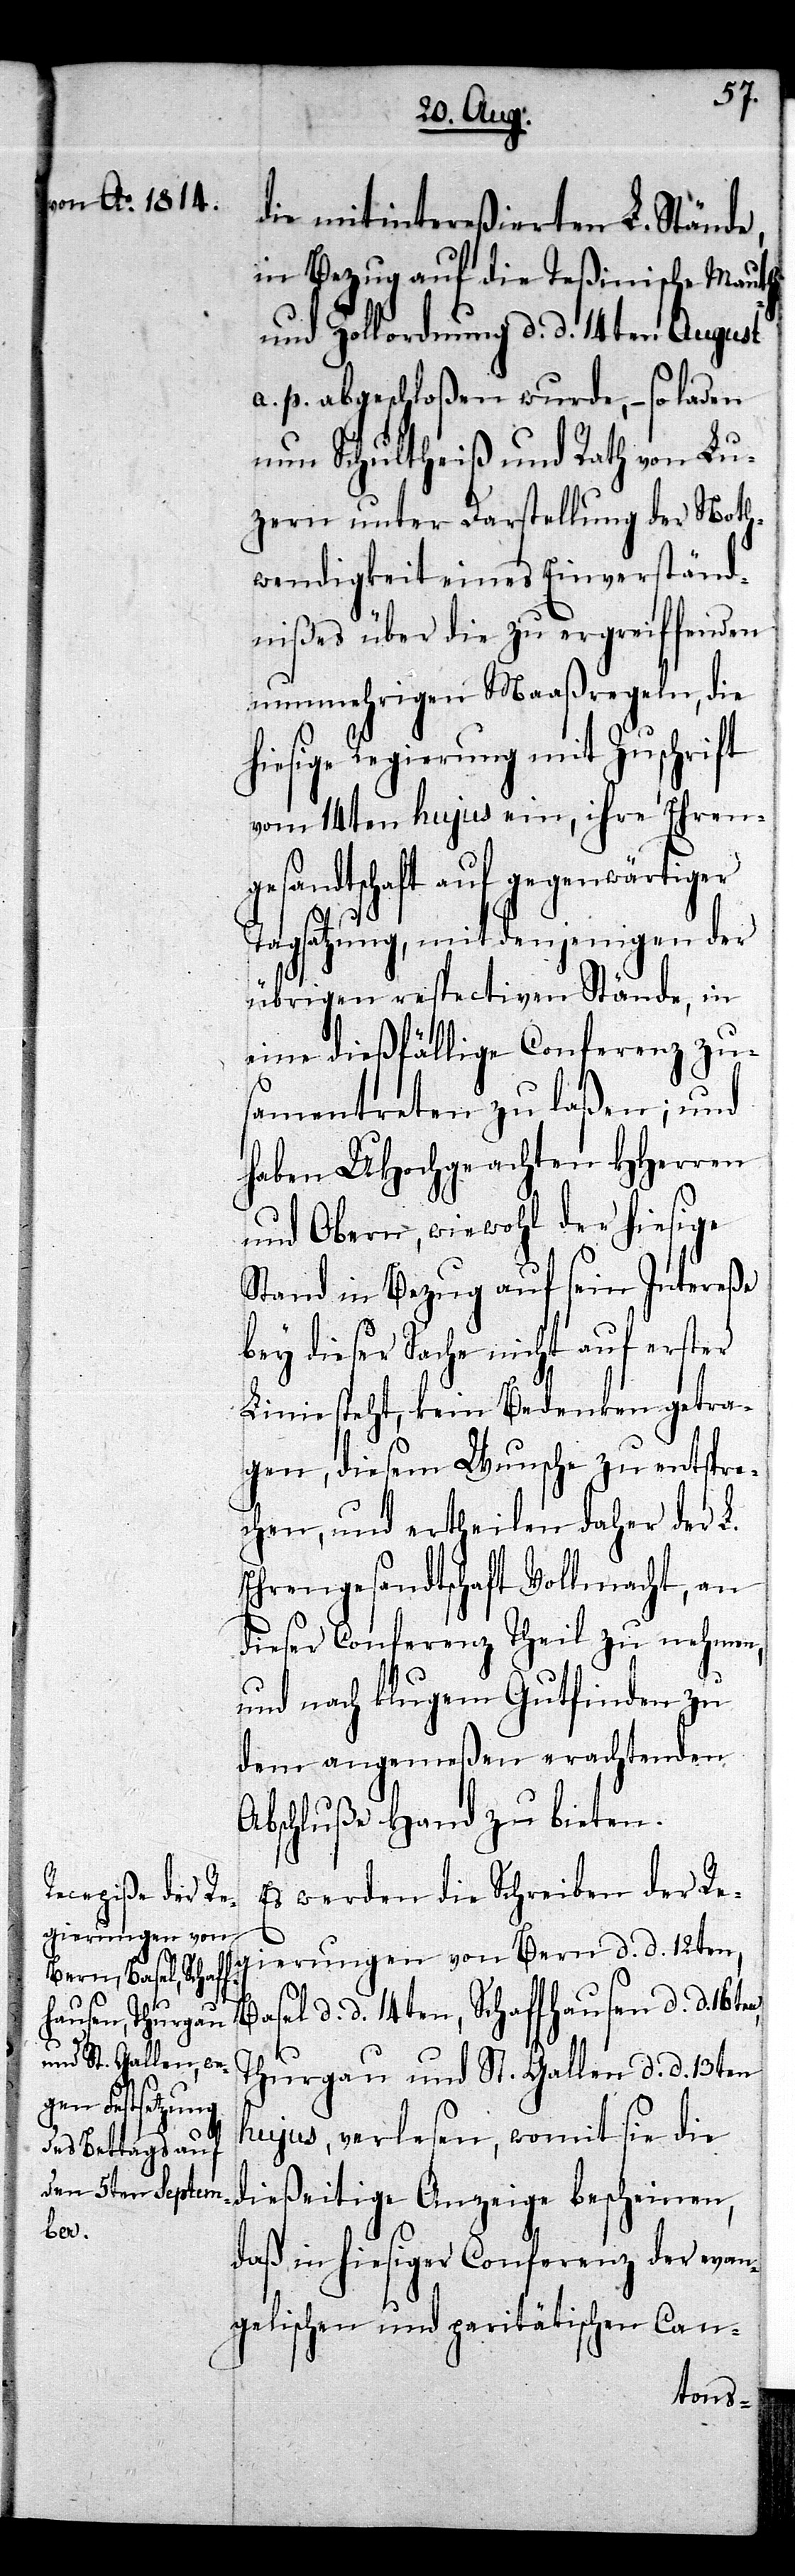
die mitintereßierten L. Stände,
in Bezug auf die Teßinische Mauth-
und Zollordnung d. d. 14ten August
a. p. abgeschloßen wurde, – so laden
nun Schultheiß und Rath von Lu¬
zern unter Darstellung der Noth¬
wendigkeit eines Einverständ¬
nißes über die zu ergreiffenden
nunmehrigen Maaßregeln, die
hiesige Regierung mit Zuschrift
vom 14ten hujus ein, ihre Ehren¬
gesandtschaft auf gegenwärtiger
Tagsatzung, mit denjenigen der
übrigen respectiven Stände, in
eine dießfällige Conferenz zu¬
samentreten zu laßen; und
haben UHochgeachten HHerren
und Obern, wiewohl der hiesige
Stand in Bezug auf sein Intereße
bey dieser Sache nicht auf erster
Linie steht, kein Bedenken getra¬
gen, diesem Wunsche zu entspre¬
chen, und ertheilen daher der L.
Ehrengesandtschaft Vollmacht, an
dieser Conferenz Theil zu nehmen,
und nach klugem Gutfinden zu
dem angemeßen erachtenden
Abschluße Hand zu bieten.
Es werden die Schreiben der Re¬
gierungen von Bern d. d. 12ten,
d. d. 14ten, Schaffhausen d. d.
Thurgau und St. Gallen d. d. 13ten
hujus, verlesen, womit sie die
dießeitige Anzeige bescheinen,
daß in hiesiger Conferenz der evan¬
gelischen und paritätischen Can-